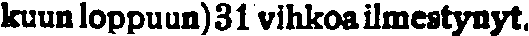
kuun loppuun)31 vihkoailmestynyt.